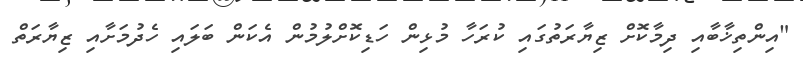
"އިންތިޚާބާއި ދިމާކޮށް ޒިޔާރަތުގައި ކުރަހާ މުޅިން ހަޑިކޮށްލުމުން އެކަން ބަލައި ހެދުމަށާއި ޒިޔާރަތް